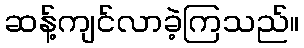
ဆန့်ကျင်လာခဲ့ကြသည်။